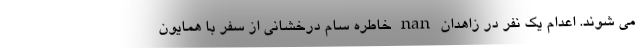
می شوند. اعدام یک نفر در زاهدان nan خاطره سام درخشانی از سفر با همایون